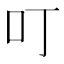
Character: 叮